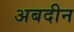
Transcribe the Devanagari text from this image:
अबदीन